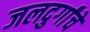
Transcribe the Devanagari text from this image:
जलदुर्गांचे